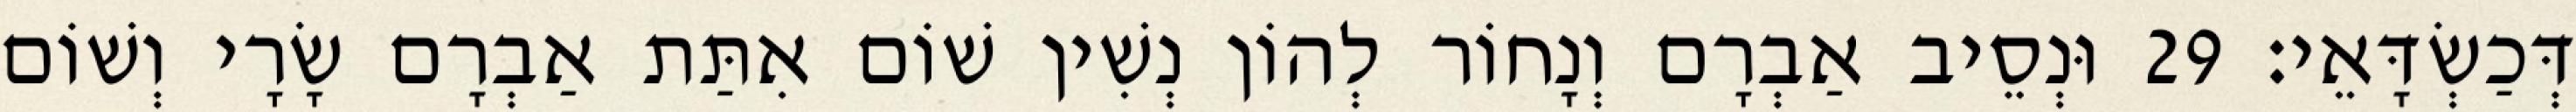
דְּכַשְׂדָּאֵי׃ 29 וּנְסֵיב אַבְרָם וְנָחוֹר לְהוֹן נְשִׁין שׁוֹם אִתַּת אַבְרָם שָׂרָי וְשׁוֹם